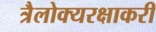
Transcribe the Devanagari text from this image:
त्रैलोक्यरक्षाकरी